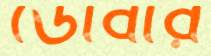
ডোবার